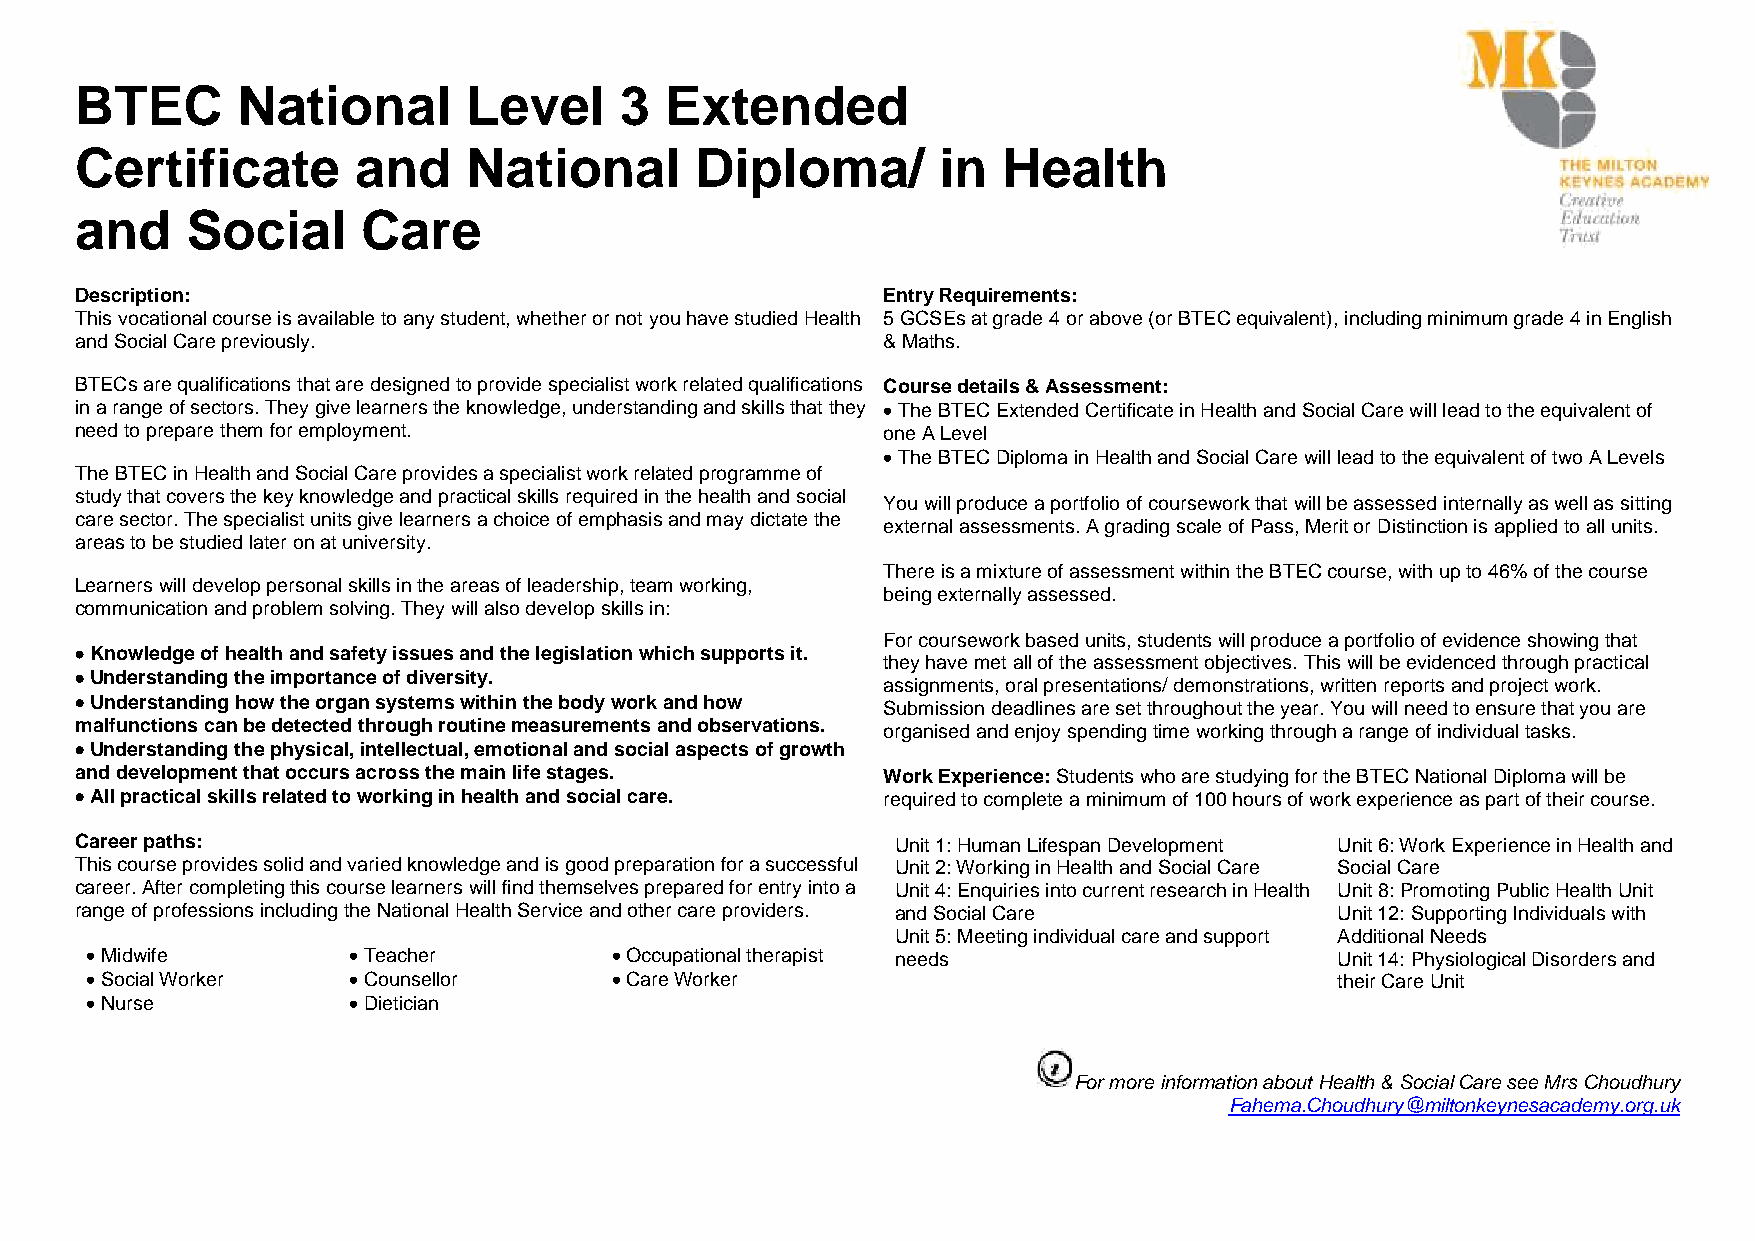
BTEC       National       Level     3  Extended
 Certificate       and     National       Diploma/        in  Health
 and    Social      Care
 Description:                                         Entry Requirements:
 This vocational course is available to any student, whether or not you have studied Health 5 GCSEs at grade 4 or above (or BTEC equivalent), including minimum grade 4 in English
 and Social Care previously.                          & Maths.
 BTECs are qualifications that are designed to provide specialist work related qualifications Course details & Assessment:
 in a range of sectors. They give learners the knowledge, understanding and skills that they • The BTEC Extended Certificate in Health and Social Care will lead to the equivalent of
 need to prepare them for employment.                 one A Level
 • The BTEC Diploma in Health and Social Care will lead to the equivalent of two A Levels
 The BTEC in Health and Social Care provides a specialist work related programme of
 study that covers the key knowledge and practical skills required in the health and social
 You will produce a portfolio of coursework that will be assessed internally as well as sitting
 care sector. The specialist units give learners a choice of emphasis and may dictate the
 external assessments. A grading scale of Pass, Merit or Distinction is applied to all units.
 areas to be studied later on at university.
 There is a mixture of assessment within the BTEC course, with up to 46% of the course
 Learners will develop personal skills in the areas of leadership, team working,
 being externally assessed.
 communication and problem solving. They will also develop skills in:
 For coursework based units, students will produce a portfolio of evidence showing that
 • Knowledge of health and safety issues and the legislation which supports it.
 they have met all of the assessment objectives. This will be evidenced through practical
 • Understanding the importance of diversity.
 assignments, oral presentations/ demonstrations, written reports and project work.
 • Understanding how the organ systems within the body work and how
 Submission deadlines are set throughout the year. You will need to ensure that you are
 malfunctions can be detected through routine measurements and observations. organised and enjoy spending time working through a range of individual tasks.
 • Understanding the physical, intellectual, emotional and social aspects of growth
 and development that occurs across the main life stages. Work Experience: Students who are studying for the BTEC National Diploma will be
 • All practical skills related to working in health and social care. required to complete a minimum of 100 hours of work experience as part of their course.
 Career paths:                                         Unit 1: Human Lifespan Development Unit 6: Work Experience in Health and
 This course provides solid and varied knowledge and is good preparation for a successful Unit 2: Working in Health and Social Care Social Care
 career. After completing this course learners will find themselves prepared for entry into a Unit 4: Enquiries into current research in Health Unit 8: Promoting Public Health Unit
 range of professions including the National Health Service and other care providers. and Social Care Unit 12: Supporting Individuals with
 Unit 5: Meeting individual care and support Additional Needs
 • Midwife        • Teacher        • Occupational therapist needs                  Unit 14: Physiological Disorders and
 • Social Worker  • Counsellor     • Care Worker                                   their Care Unit
 • Nurse          • Dietician
 For more information about Health & Social Care see Mrs Choudhury
 Fahema.Choudhury@miltonkeynesacademy.org.uk